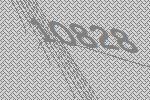
10828